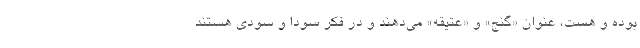
بوده و هست، عنوان «گنج» و «عتیقه» می‌دهند و در فکر سودا و سودی هستند